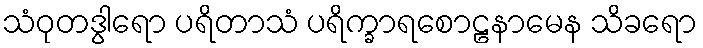
သံဝုတဒွါရော ပရိတာသံ ပရိက္ခာရစောဠနာမေန သိခရော